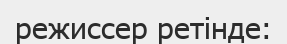
режиссер ретінде: